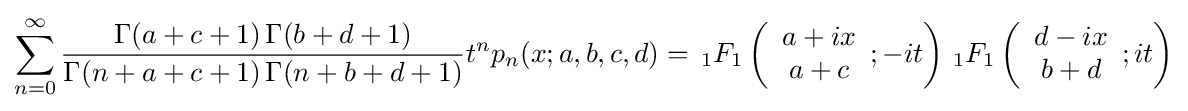
\sum _{n=0}^{\infty }{\frac {\Gamma (a+c+1)\,\Gamma (b+d+1)}{\Gamma (n+a+c+1)\,\Gamma (n+b+d+1)}}t^{n}p_{n}(x;a,b,c,d)=\,_{1}F_{1}\left({\begin{array}{c}a+ix\\a+c\end{array}};-it\right)\,_{1}F_{1}\left({\begin{array}{c}d-ix\\b+d\end{array}};it\right)